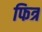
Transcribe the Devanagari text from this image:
फित्र